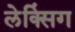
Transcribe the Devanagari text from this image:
लेक्सिंग